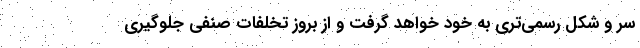
سر و شکل رسمی‌تری به خود خواهد گرفت و از بروز تخلفات صنفی جلوگیری